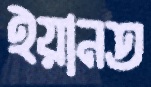
ইয়ানত